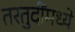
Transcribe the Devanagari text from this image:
तरतुदींमध्ये